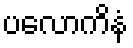
ပလောကိနံ